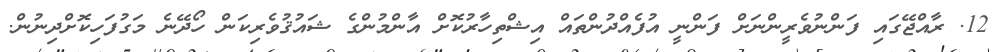
12. ރާއްޖޭގައި ފަންނުވެރީންނަށް ފަންނީ އުފެއްދުންތައް އިޝްތިހާރުކޮށް އާންމުންގެ ޝައުޤުވެރިކަން ހޯދޭނެ މަގުފަހިކޮށްދިނުން.